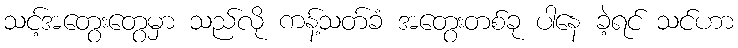
သင့်အတွေးတွေမှာ သည်လို ကန့်သတ်ခံ အတွေးတစ်ခု ပါနေ ခဲ့ရင် သင်ဟာ